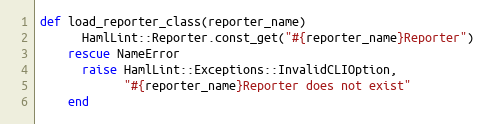
Language: Ruby
def load_reporter_class(reporter_name)
      HamlLint::Reporter.const_get("#{reporter_name}Reporter")
    rescue NameError
      raise HamlLint::Exceptions::InvalidCLIOption,
            "#{reporter_name}Reporter does not exist"
    end